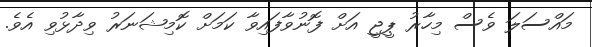
މައްސަލަ ވެސް މިހާރު ޕީޖީ އަށް ފޮނުވާފައިވާ ކަމަށް ކޮމިޝަނަރު ވިދާޅުވި އެވެ.